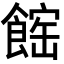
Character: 𩝒